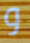
و